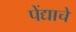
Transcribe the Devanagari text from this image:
पेंद्याचे